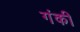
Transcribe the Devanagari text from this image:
गंकी